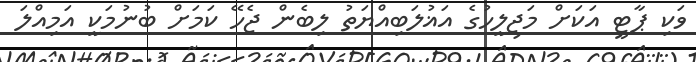
ވަކި ޕާޓީ އަކަށް މަޖިލީހުގެ އަޣުލަބިއްޔަތު ލިބެން ޖެހޭ ކަމަށް ބުނުމަކީ އަމިއްލަ